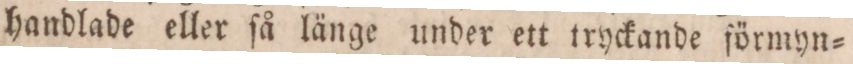
handlade eller ſå länge under ett tryckande förmyn=